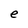
Character: e